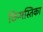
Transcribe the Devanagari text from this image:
छिन्मस्तिका